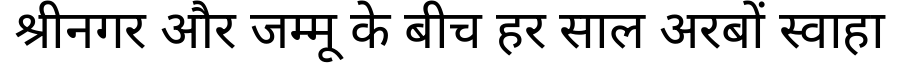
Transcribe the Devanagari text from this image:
श्रीनगर और जम्मू के बीच हर साल अरबों स्वाहा